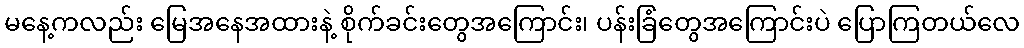
မနေ့ကလည်း မြေအနေအထားနဲ့ စိုက်ခင်းတွေအကြောင်း၊ ပန်းခြံတွေအကြောင်းပဲ ပြောကြတယ်လေ